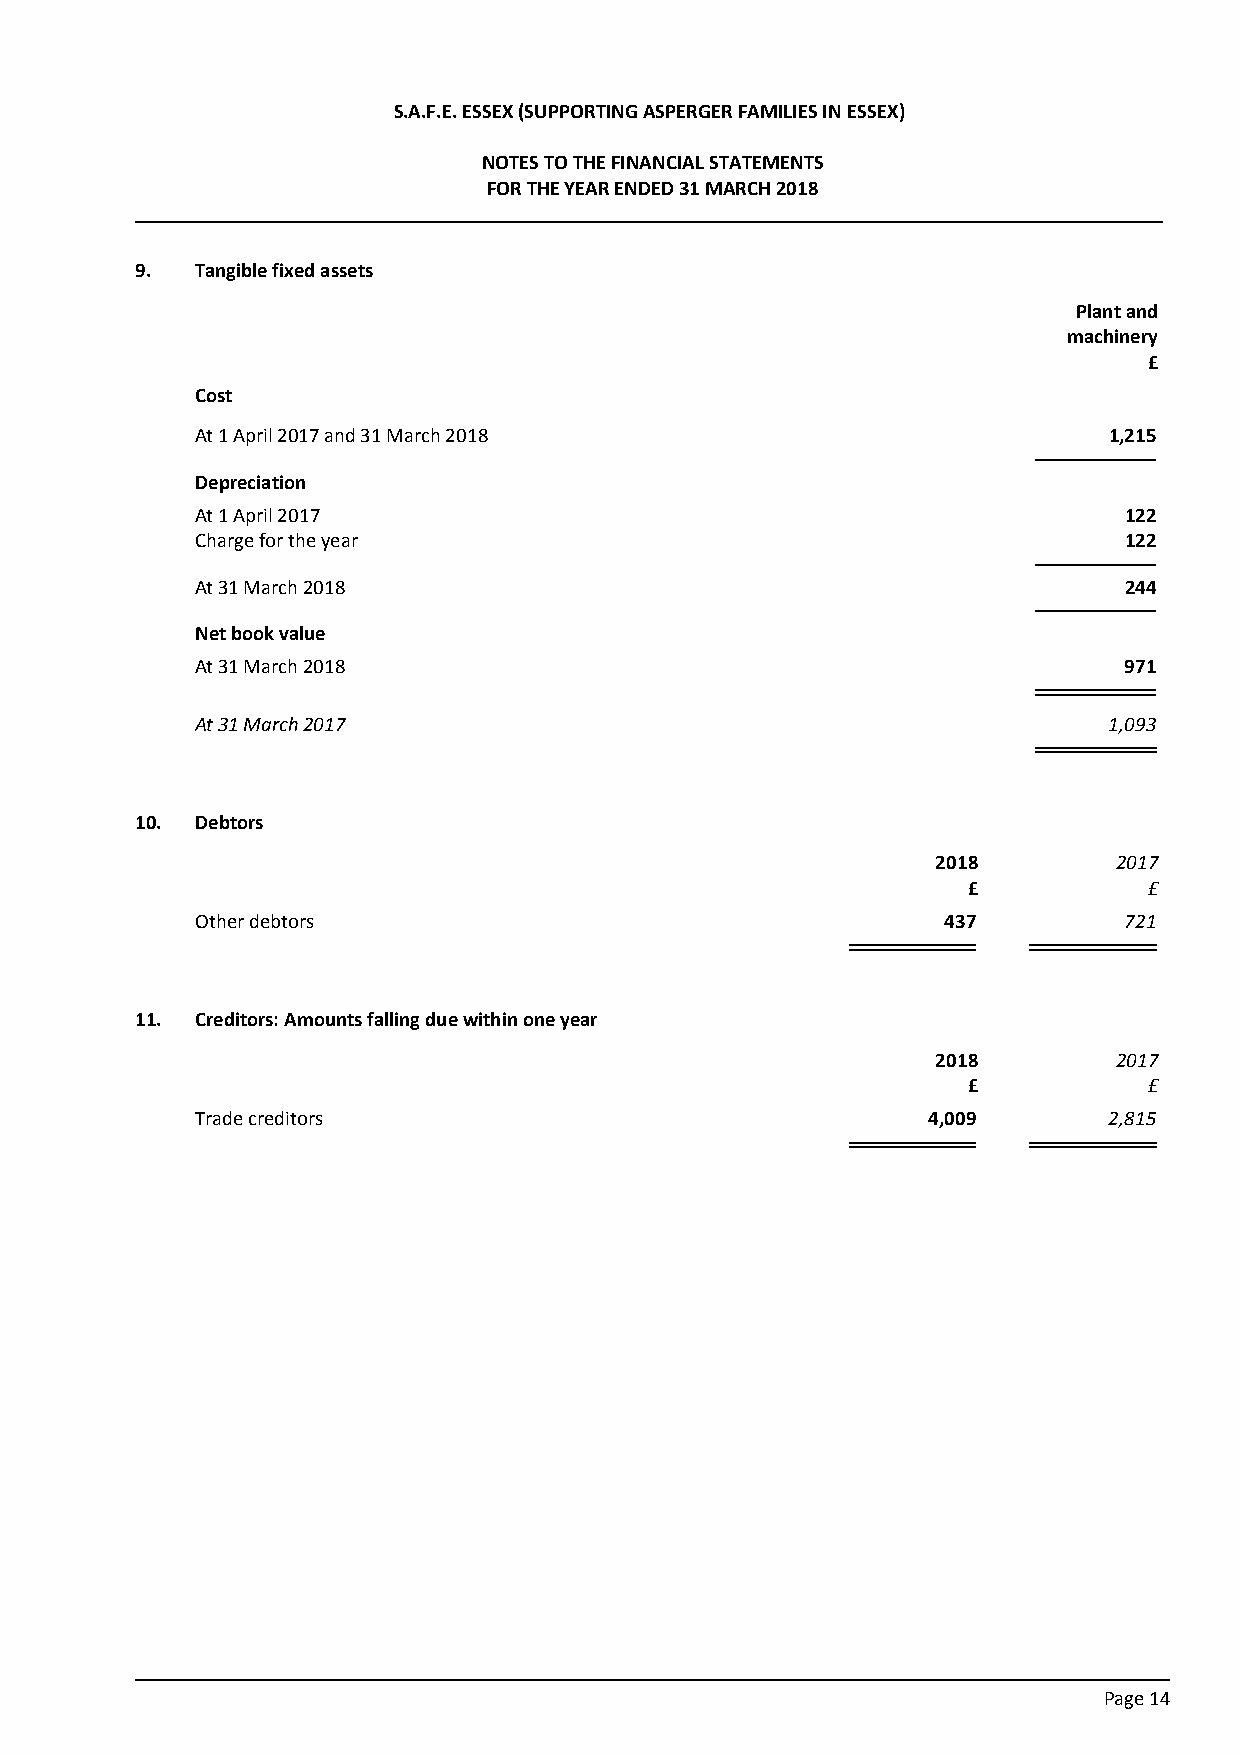
S.A.F.E. ESSEX (SUPPORTING ASPERGER FAMILIES IN ESSEX)
 NOTES TO THE FINANCIAL STATEMENTS
 FOR THE YEAR ENDED 31 MARCH 2018
 9.  Tangible fixed assets
 Plant and
 machinery
 £
 Cost
 At 1 April 2017 and 31 March 2018                           1,215
 Depreciation
 At 1 April 2017                                              122
 Charge for the year                                          122
 At 31 March 2018                                             244
 Net book value
 At 31 March 2018                                             971
 At 31 March 2017                                            1,093
 10. Debtors
 2018        2017
 £           £
 Other debtors                                     437        721
 11. Creditors: Amounts falling due within one year
 2018        2017
 £           £
 Trade creditors                                 4,009       2,815
 Page 14